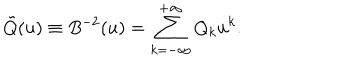
\tilde { Q } ( u ) \equiv B ^ { - 2 } ( u ) = \sum _ { k = - \infty } ^ { + \infty } Q _ { k } u ^ { k } .